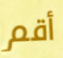
أقم